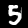
Digit: 5